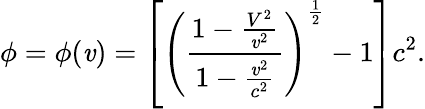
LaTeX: \phi=\phi(\mathit{v})=\left[\left(\frac{{{1-\frac{{V^{2}}}{{\mathit{v}^{2}}}}}}{{{1-\frac{{\mathit{v}^{2}}}{{c^{2}}}}}}\right)^{\frac{{1}}{{2}}}-1\right]c^{2}.